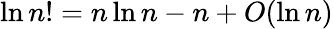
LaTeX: \ln n!=n\ln n-n+O(\ln n)